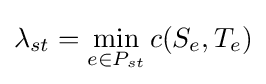
\lambda _{st}=\min _{e\in P_{st}}c(S_{e},T_{e})